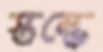
স্তম্ভে